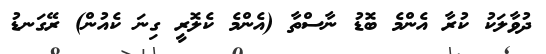
ދުވާލަކު ކުރާ އެންމެ ބޮޑު ނާސްތާ (އެންމެ ކެލޮރީ ގިނަ ކެއުން) ރޭގަނޑު